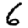
Digit: 6